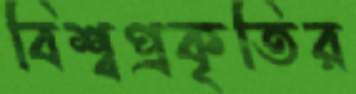
বিশ্বপ্রকৃতির